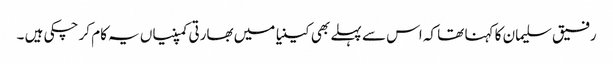
رفیق سلیمان کا کہنا تھا کہ اس سے پہلے بھی کینیا میں بھارتی کمپنیاں یہ کام کر چکی ہیں ۔